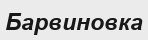
Барвиновка